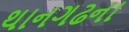
થાનગઢના